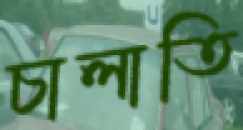
চালাতি